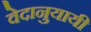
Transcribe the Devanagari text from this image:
वेदानुयायी